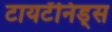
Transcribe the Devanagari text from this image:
टायटॅनिड्स